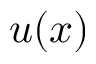
u ( x )